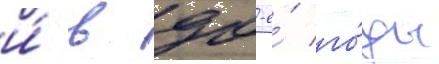
и́ в 90-е́ го́ды